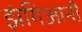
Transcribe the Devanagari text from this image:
झंगिआनी